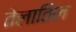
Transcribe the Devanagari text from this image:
तेलातिल